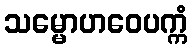
သမ္မောဟဝေပက္ကံ